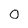
Character: 0